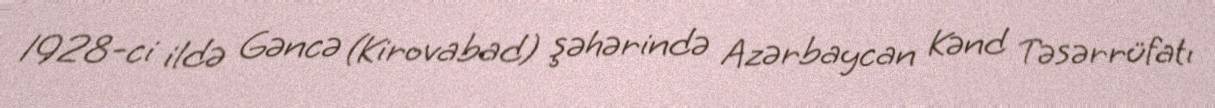
1928-ci ildə Gəncə (Kirovabad) şəhərində Azərbaycan Kənd Təsərrüfatı